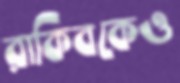
রাকিবকেও